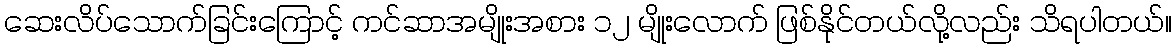
ဆေးလိပ်သောက်ခြင်းကြောင့် ကင်ဆာအမျိုးအစား ၁၂ မျိုးလောက် ဖြစ်နိုင်တယ်လို့လည်း သိရပါတယ်။